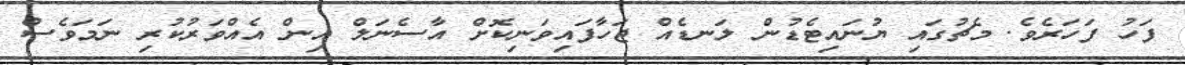
ފަހު ފަހަރެވެ. މެޗުގައި ޔުނައިޓެޑުން ލަނޑެއް ޖަހާފައިވަނިކޮށް އާސެނަލް އިން އެއްވަރުކުރި ނަމަވެސް